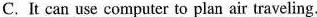
C. It can use computer to plan air traveling.